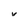
Character: V